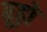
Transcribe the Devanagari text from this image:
बूढ़ो